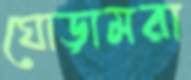
ঘোড়ামরা